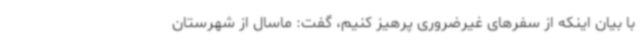
با بیان اینکه از سفرهای غیرضروری پرهیز کنیم، گفت: ماسال از شهرستان